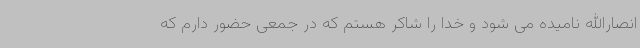
انصارالله نامیده می شود و خدا را شاکر هستم که در جمعی حضور دارم که